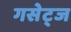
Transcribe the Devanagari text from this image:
गसेट्ज